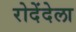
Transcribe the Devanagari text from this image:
रोदेंदेला